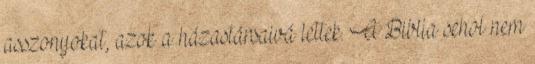
asszonyokat, azok a házastársaivá lettek. A Biblia sehol nem